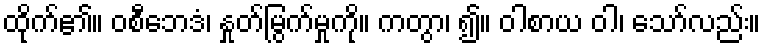
ထိုက်၏။ ဝစီဘေဒံ၊ နှုတ်မြွက်မှုကို။ ကတွာ၊ ၍။ ဝါစာယ ဝါ၊ သော်လည်း။